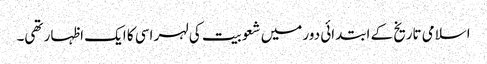
اسلامی تاریخ کے ابتدائی دور میں شعوبیت کی لہر اسی کا ایک اظہار تھی۔